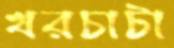
খরচাটা